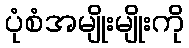
ပုံစံအမျိုးမျိုးကို